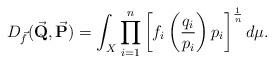
LaTeX: \begin{align*}D_{\vec f}(\vec{\textbf{Q}}, \vec{\textbf{P}} )= \int_{X} \prod_{i=1}^{n} \left[f_i \left(\frac{q_i}{p_i} \right) p_i\right]^{\frac{1}{n}} d\mu.\end{align*}